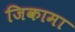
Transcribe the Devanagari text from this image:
जिकामा